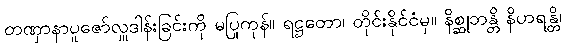
တဏှာနာပူဇော်လှူဒါန်းခြင်းကို မပြုကုန်။ ရဋ္ဌတော၊ တိုင်းနိုင်ငံမှ။ နိစ္ဆုဘန္တိ နိဟရန္တိ၊